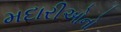
મદારીઓનો